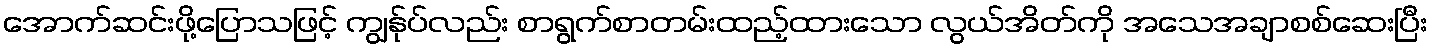
အောက်ဆင်းဖို့ပြောသဖြင့် ကျွန်ုပ်လည်း စာရွက်စာတမ်းထည့်ထားသော လွယ်အိတ်ကို အသေအချာစစ်ဆေးပြီး